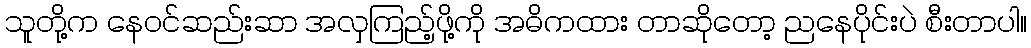
သူတို့က နေဝင်ဆည်းဆာ အလှကြည့်ဖို့ကို အဓိကထား တာဆိုတော့ ညနေပိုင်းပဲ စီးတာပါ။